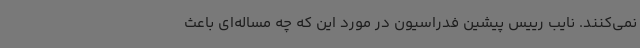
نمی‌کنند. نایب رییس پیشین فدراسیون در مورد این که چه مساله‌ای باعث